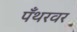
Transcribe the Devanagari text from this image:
पँथरवर